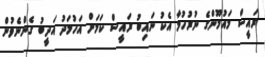
ރައީސް މައުމޫންގެ ނުރުހުމާ އެކު ނައިބު ރައީސް ކަމަށް އަހުމަދު އަދީބު ގެންނެވުން